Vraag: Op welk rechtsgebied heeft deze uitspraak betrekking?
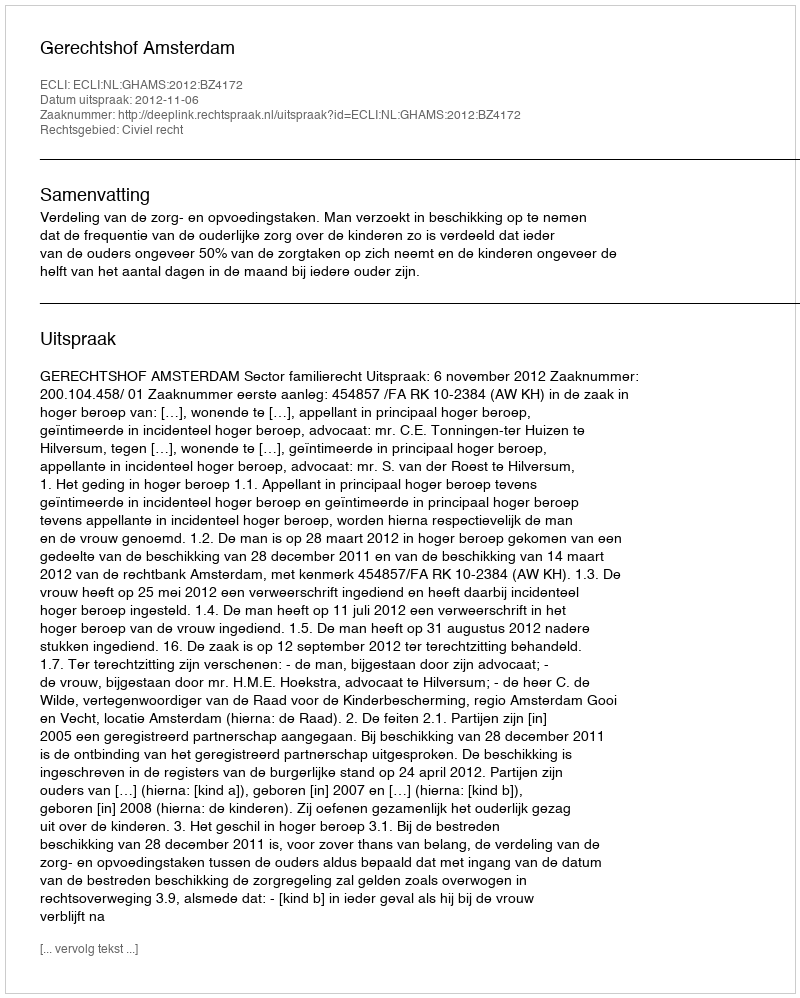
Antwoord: Civiel recht